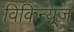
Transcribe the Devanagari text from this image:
विकिन्यूज़